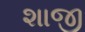
શાજી